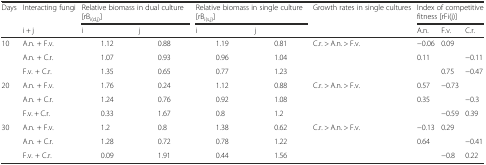
<table><thead><tr><td rowspan="2"><b>Days</b></td><td><b>Interacting fungi</b></td><td colspan="2"><b>Relative biomass in dual culture [rB<sub>i(d,j)</sub>]</b></td><td colspan="2"><b>Relative biomass in single culture [rB<sub>i(s,j)</sub>]</b></td><td><b>Growth rates in single cultures</b></td><td colspan="3"><b>Index of competitive fitness [rFi(j)]</b></td></tr><tr><td><b>i + j</b></td><td><b>i</b></td><td><b>j</b></td><td><b>i</b></td><td><b>j</b></td><td></td><td><b>A.n.</b></td><td><b>F.v.</b></td><td><b>C.r.</b></td></tr></thead><tbody><tr><td>10</td><td>A.n. + F.v.</td><td>1.12</td><td>0.88</td><td>1.19</td><td>0.81</td><td>C.r. &gt; A.n. &gt; F.v.</td><td>−0.06</td><td>0.09</td><td></td></tr><tr><td></td><td>A.n. + C.r.</td><td>1.07</td><td>0.93</td><td>0.96</td><td>1.04</td><td></td><td>0.11</td><td></td><td>−0.11</td></tr><tr><td></td><td>F.v. + C.r.</td><td>1.35</td><td>0.65</td><td>0.77</td><td>1.23</td><td></td><td></td><td>0.75</td><td>−0.47</td></tr><tr><td>20</td><td>A.n. + F.v.</td><td>1.76</td><td>0.24</td><td>1.12</td><td>0.88</td><td>C.r. &gt; A.n. &gt; F.v.</td><td>0.57</td><td>−0.73</td><td></td></tr><tr><td></td><td>A.n. + C.r.</td><td>1.24</td><td>0.76</td><td>0.92</td><td>1.08</td><td></td><td>0.35</td><td></td><td>−0.3</td></tr><tr><td></td><td>F.v. + C.r.</td><td>0.33</td><td>1.67</td><td>0.8</td><td>1.2</td><td></td><td></td><td>−0.59</td><td>0.39</td></tr><tr><td>30</td><td>A.n. + F.v.</td><td>1.2</td><td>0.8</td><td>1.38</td><td>0.62</td><td>C.r. &gt; A.n. &gt; F.v.</td><td>−0.13</td><td>0.29</td><td></td></tr><tr><td></td><td>A.n. + C.r.</td><td>1.28</td><td>0.72</td><td>0.78</td><td>1.22</td><td></td><td>0.64</td><td></td><td>−0.41</td></tr><tr><td></td><td>F.v. + C.r.</td><td>0.09</td><td>1.91</td><td>0.44</td><td>1.56</td><td></td><td></td><td>−0.8</td><td>0.22</td></tr></tbody></table>